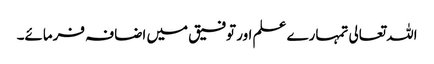
اللہ تعالی تمہارے علم اور توفیق میں اضافہ فرمائے۔